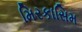
મિરકાસિમ